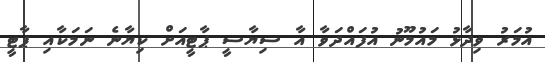
އުމަރު ވިދާޅު މައުމޫނު އުފައްދަވާ އާ ސިޔާސީ ޕާޓީއަށް ކިޔާނެ ނަމަކާއި ޕާޓީ